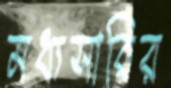
মধ্যসারির